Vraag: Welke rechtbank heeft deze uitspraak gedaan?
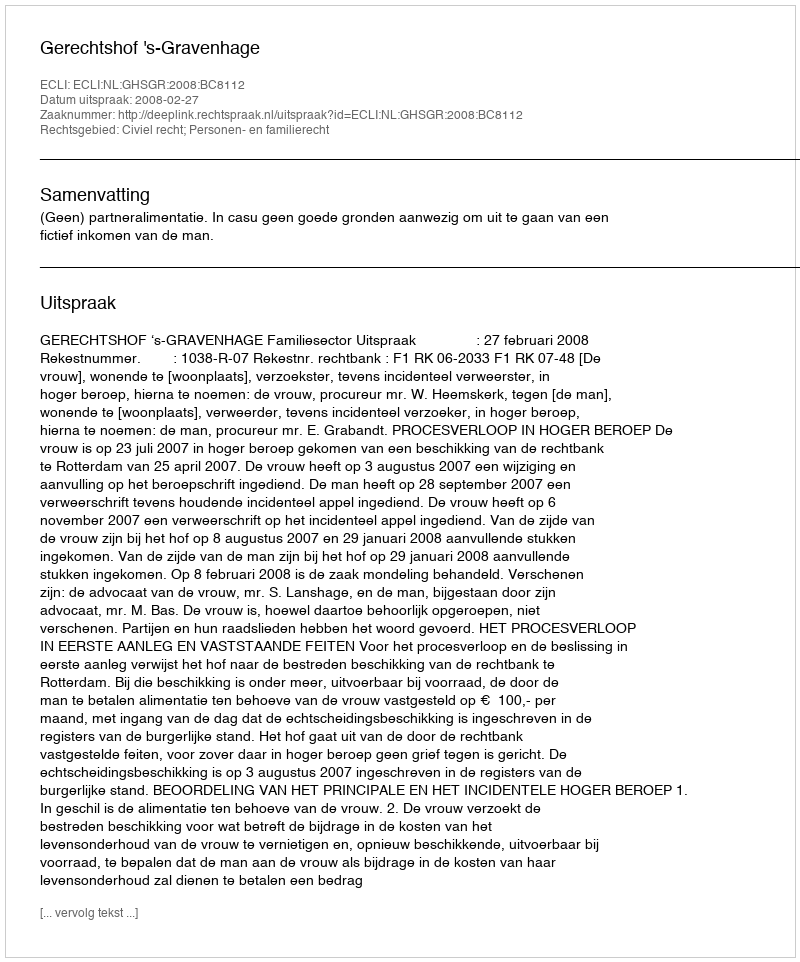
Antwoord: Gerechtshof 's-Gravenhage